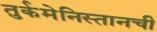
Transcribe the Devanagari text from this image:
तुर्कमेनिस्तानची